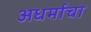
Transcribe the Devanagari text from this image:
अधर्माचा